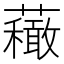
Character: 𧄆